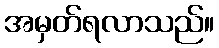
အမှတ်ရလာသည်။